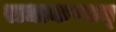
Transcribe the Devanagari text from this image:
राधाकष्णन्